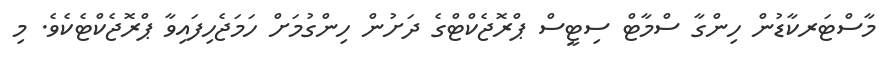
މާސްޓަރކާޑުން ހިންގާ ސްމާޓް ސިޓީސް ޕްރޮޖެކްޓްގެ ދަށުން ހިންގުމަށް ހަމަޖެހިފައިވާ ޕްރޮޖެކްޓެކެވެ. މި